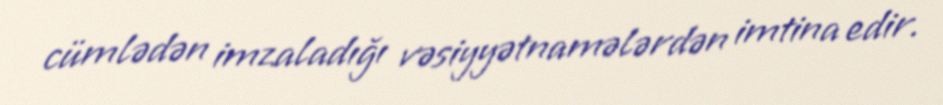
cümlədən imzaladığı vəsiyyətnamələrdən imtina edir.